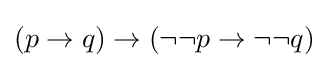
(p\to q)\to (\neg \neg p\to \neg \neg q)